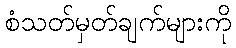
စံသတ်မှတ်ချက်များကို